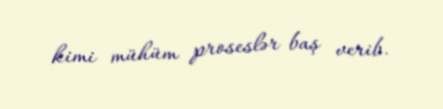
kimi mühüm proseslər baş verib.